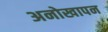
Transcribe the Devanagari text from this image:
अनोखापन